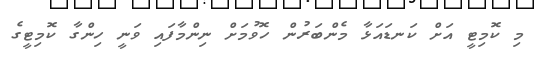
މި ކޮމިޓީ އަށް ކަނޑައަޅާ މެންބަރުން ހޮވުމަށް ނިންމާފައި ވަނީ ހިންގާ ކޮމިޓީގެ